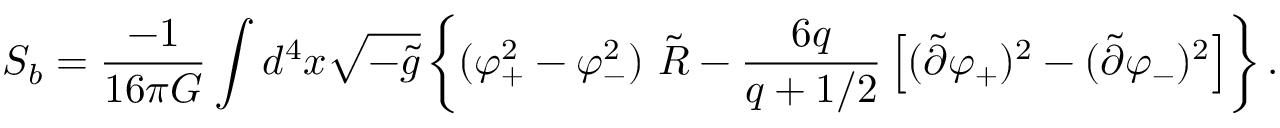
S _ { b } = { \frac { - 1 } { 1 6 \pi G } } \int d ^ { 4 } x \sqrt { - \tilde { g } } \left\{ ( \varphi _ { + } ^ { 2 } - \varphi _ { - } ^ { 2 } ) \ \tilde { \cal R } - { \frac { 6 q } { q + 1 / 2 } } \left[ ( \tilde { \partial } \varphi _ { + } ) ^ { 2 } - ( \tilde { \partial } \varphi _ { - } ) ^ { 2 } \right] \right\} .